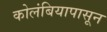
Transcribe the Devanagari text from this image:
कोलंबियापासून